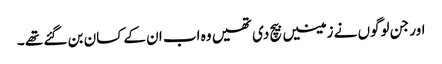
اور جن لوگوں نے زمینیں بیچ دی تھیں وہ اب ان کے کسان بن گئے تھے ۔